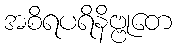
အစိရပရိနိဗ္ဗုတေ